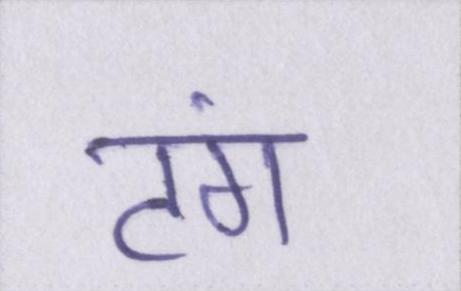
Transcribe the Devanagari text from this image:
टंग